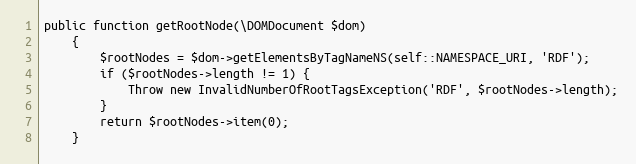
Language: PHP
public function getRootNode(\DOMDocument $dom)
    {
        $rootNodes = $dom->getElementsByTagNameNS(self::NAMESPACE_URI, 'RDF');
        if ($rootNodes->length != 1) {
            Throw new InvalidNumberOfRootTagsException('RDF', $rootNodes->length);
        }
        return $rootNodes->item(0);
    }